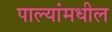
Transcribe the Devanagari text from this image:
पाल्यांमधील